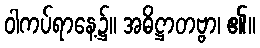
ဝါကပ်ရာနေ့၌။ အဓိဋ္ဌာတဗ္ဗာ၊ ၏။